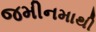
જમીનમાથી